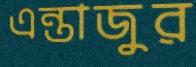
এন্তাজুর